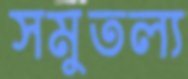
সমুতল্য